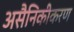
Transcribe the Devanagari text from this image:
असैनिकीकरण